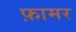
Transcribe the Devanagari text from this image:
फ़ामर